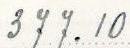
377.10